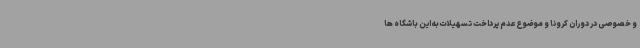
و خصوصی در دوران کرونا و موضوع عدم پرداخت تسهیلات به این باشگاه ها